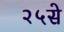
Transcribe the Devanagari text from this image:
२५से